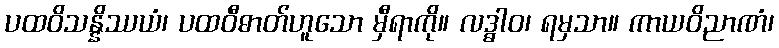
ပထဝိသန္နိဿယံ၊ ပထဝီဓာတ်ဟူသော မှီရာကို။ လဒ္ဓါဝ၊ ရမှသာ။ ကာယဝိညာဏံ၊